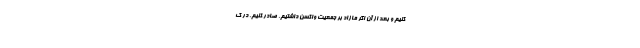
کنیم و بعد از آن اگر مازاد بر جمعیت واکسن داشتیم، صادر کنیم. در ک